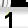
Digit: 1